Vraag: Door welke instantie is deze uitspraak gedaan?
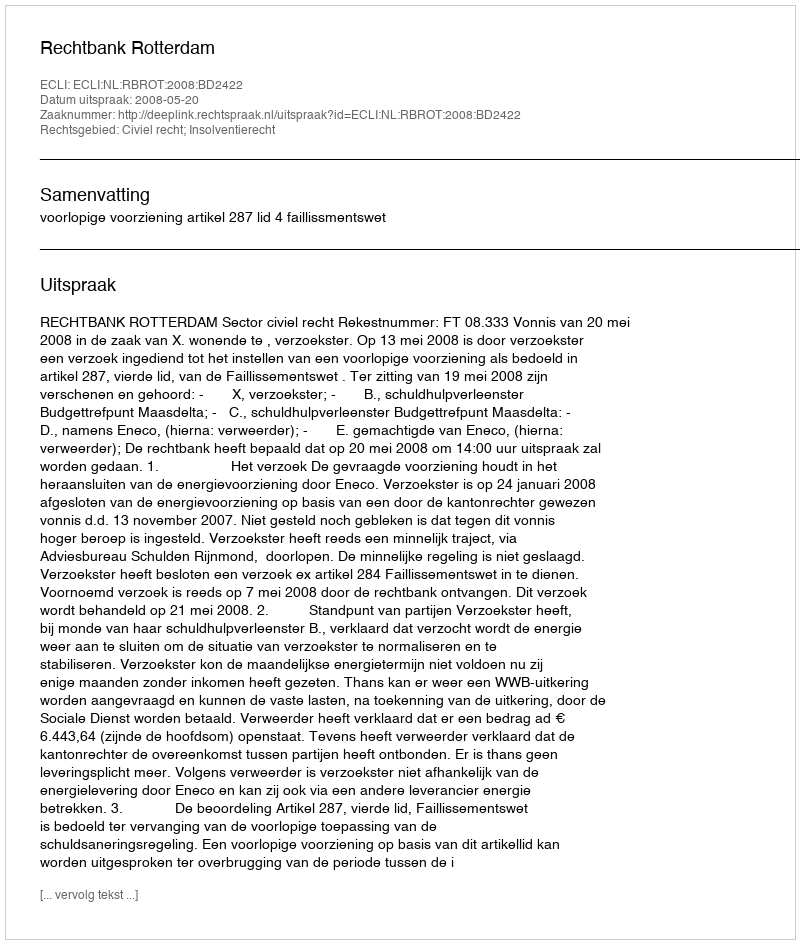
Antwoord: Rechtbank Rotterdam